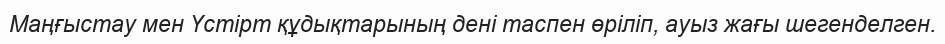
Маңғыстау мен Үстірт құдықтарының дені таспен өріліп, ауыз жағы шегенделген.